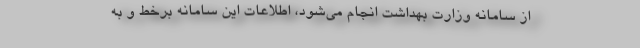
از سامانه وزارت بهداشت انجام می‌شود، اطلاعات این سامانه برخط و به